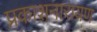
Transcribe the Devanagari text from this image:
प्रकाशनारायण